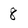
Character: 8